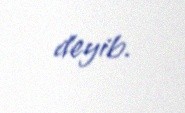
deyib.